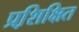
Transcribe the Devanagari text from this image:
प्रशि़क्षित